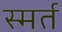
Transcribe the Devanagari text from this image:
स्मर्त